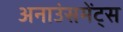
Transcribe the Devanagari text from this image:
अनाउंसमेंट्स